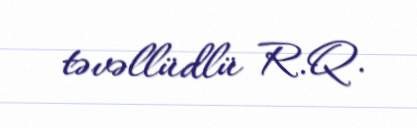
təvəllüdlü R.Q.